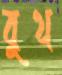
বুথ